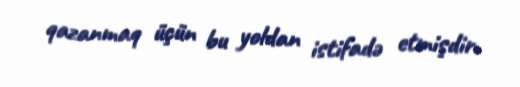
qazanmaq üçün bu yoldan istifadə etmişdir.